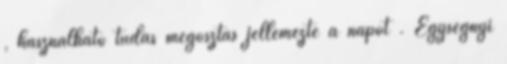
, használható tudás megosztás jellemezte a napot . Egységnyi